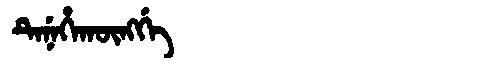
Manchu: ᡨᡝᠨᡝᡥᠠᡴᡡᠩᡤᡝ
Romanization: TENEHAKŪNGGE